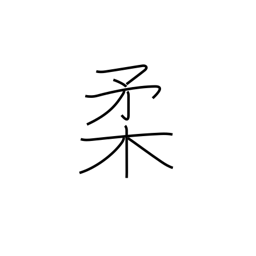
Meaning: tender